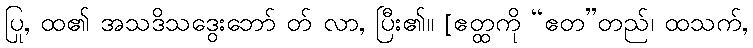
ပြု, ထ၏ အသဒိသဒွေးဘော် တ် လာ, ပြီး၏။ [ဧတ္ထကို “ဧတ”တည်၊ ထသက်,